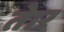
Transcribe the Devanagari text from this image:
तेार